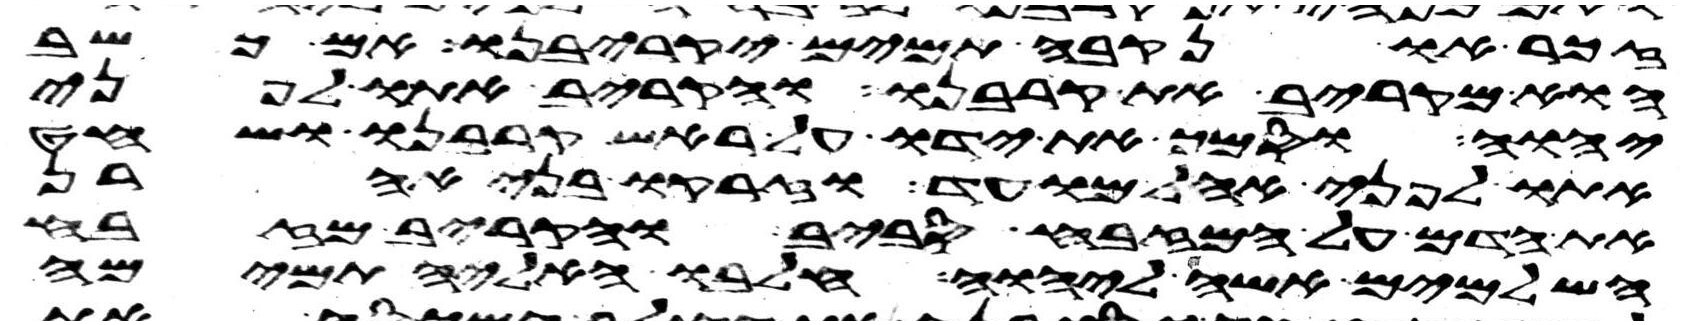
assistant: זכר או נקבה תמים יקריבנו אם כשב
הוא מקריב את קרבנו והקריב אתו לפני
יהוה וסמך את ידו על ראש קרבנו ושחט
אתו לפני אהל מועד וזרקו בני אהרן
את הדם על המזבח סביב והקריב מזבח
השלמים אשה ליהוה חלבו האליה תמימה